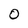
Character: O